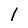
Character: l